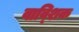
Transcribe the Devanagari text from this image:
वाव्शिक